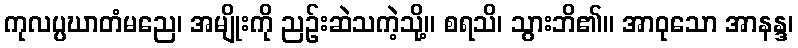
ကုလပ္ပဃာတံမညေ၊ အမျိုးကို ညဉ်းဆဲသကဲ့သို့။ စရသိ၊ သွားဘိ၏။ အာဝုသော အာနန္ဒ၊